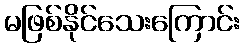
မဖြစ်နိုင်သေးကြောင်း